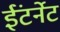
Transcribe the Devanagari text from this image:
ईंटर्नेट